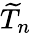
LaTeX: \widetilde{T}_{n}